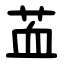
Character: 䒸